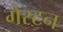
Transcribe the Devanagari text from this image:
गेस्टन